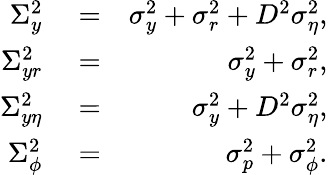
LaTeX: \begin{array}{rlr}{\Sigma_{y}^{2}}&{{}=}&{\sigma_{y}^{2}+\sigma_{r}^{2}+D^{2}\sigma_{\eta}^{2},}\\ {\Sigma_{yr}^{2}}&{{}=}&{\sigma_{y}^{2}+\sigma_{r}^{2},}\\ {\Sigma_{y\eta}^{2}}&{{}=}&{\sigma_{y}^{2}+D^{2}\sigma_{\eta}^{2},}\\ {\Sigma_{\phi}^{2}}&{{}=}&{\sigma_{p}^{2}+\sigma_{\phi}^{2}.}\end{array}